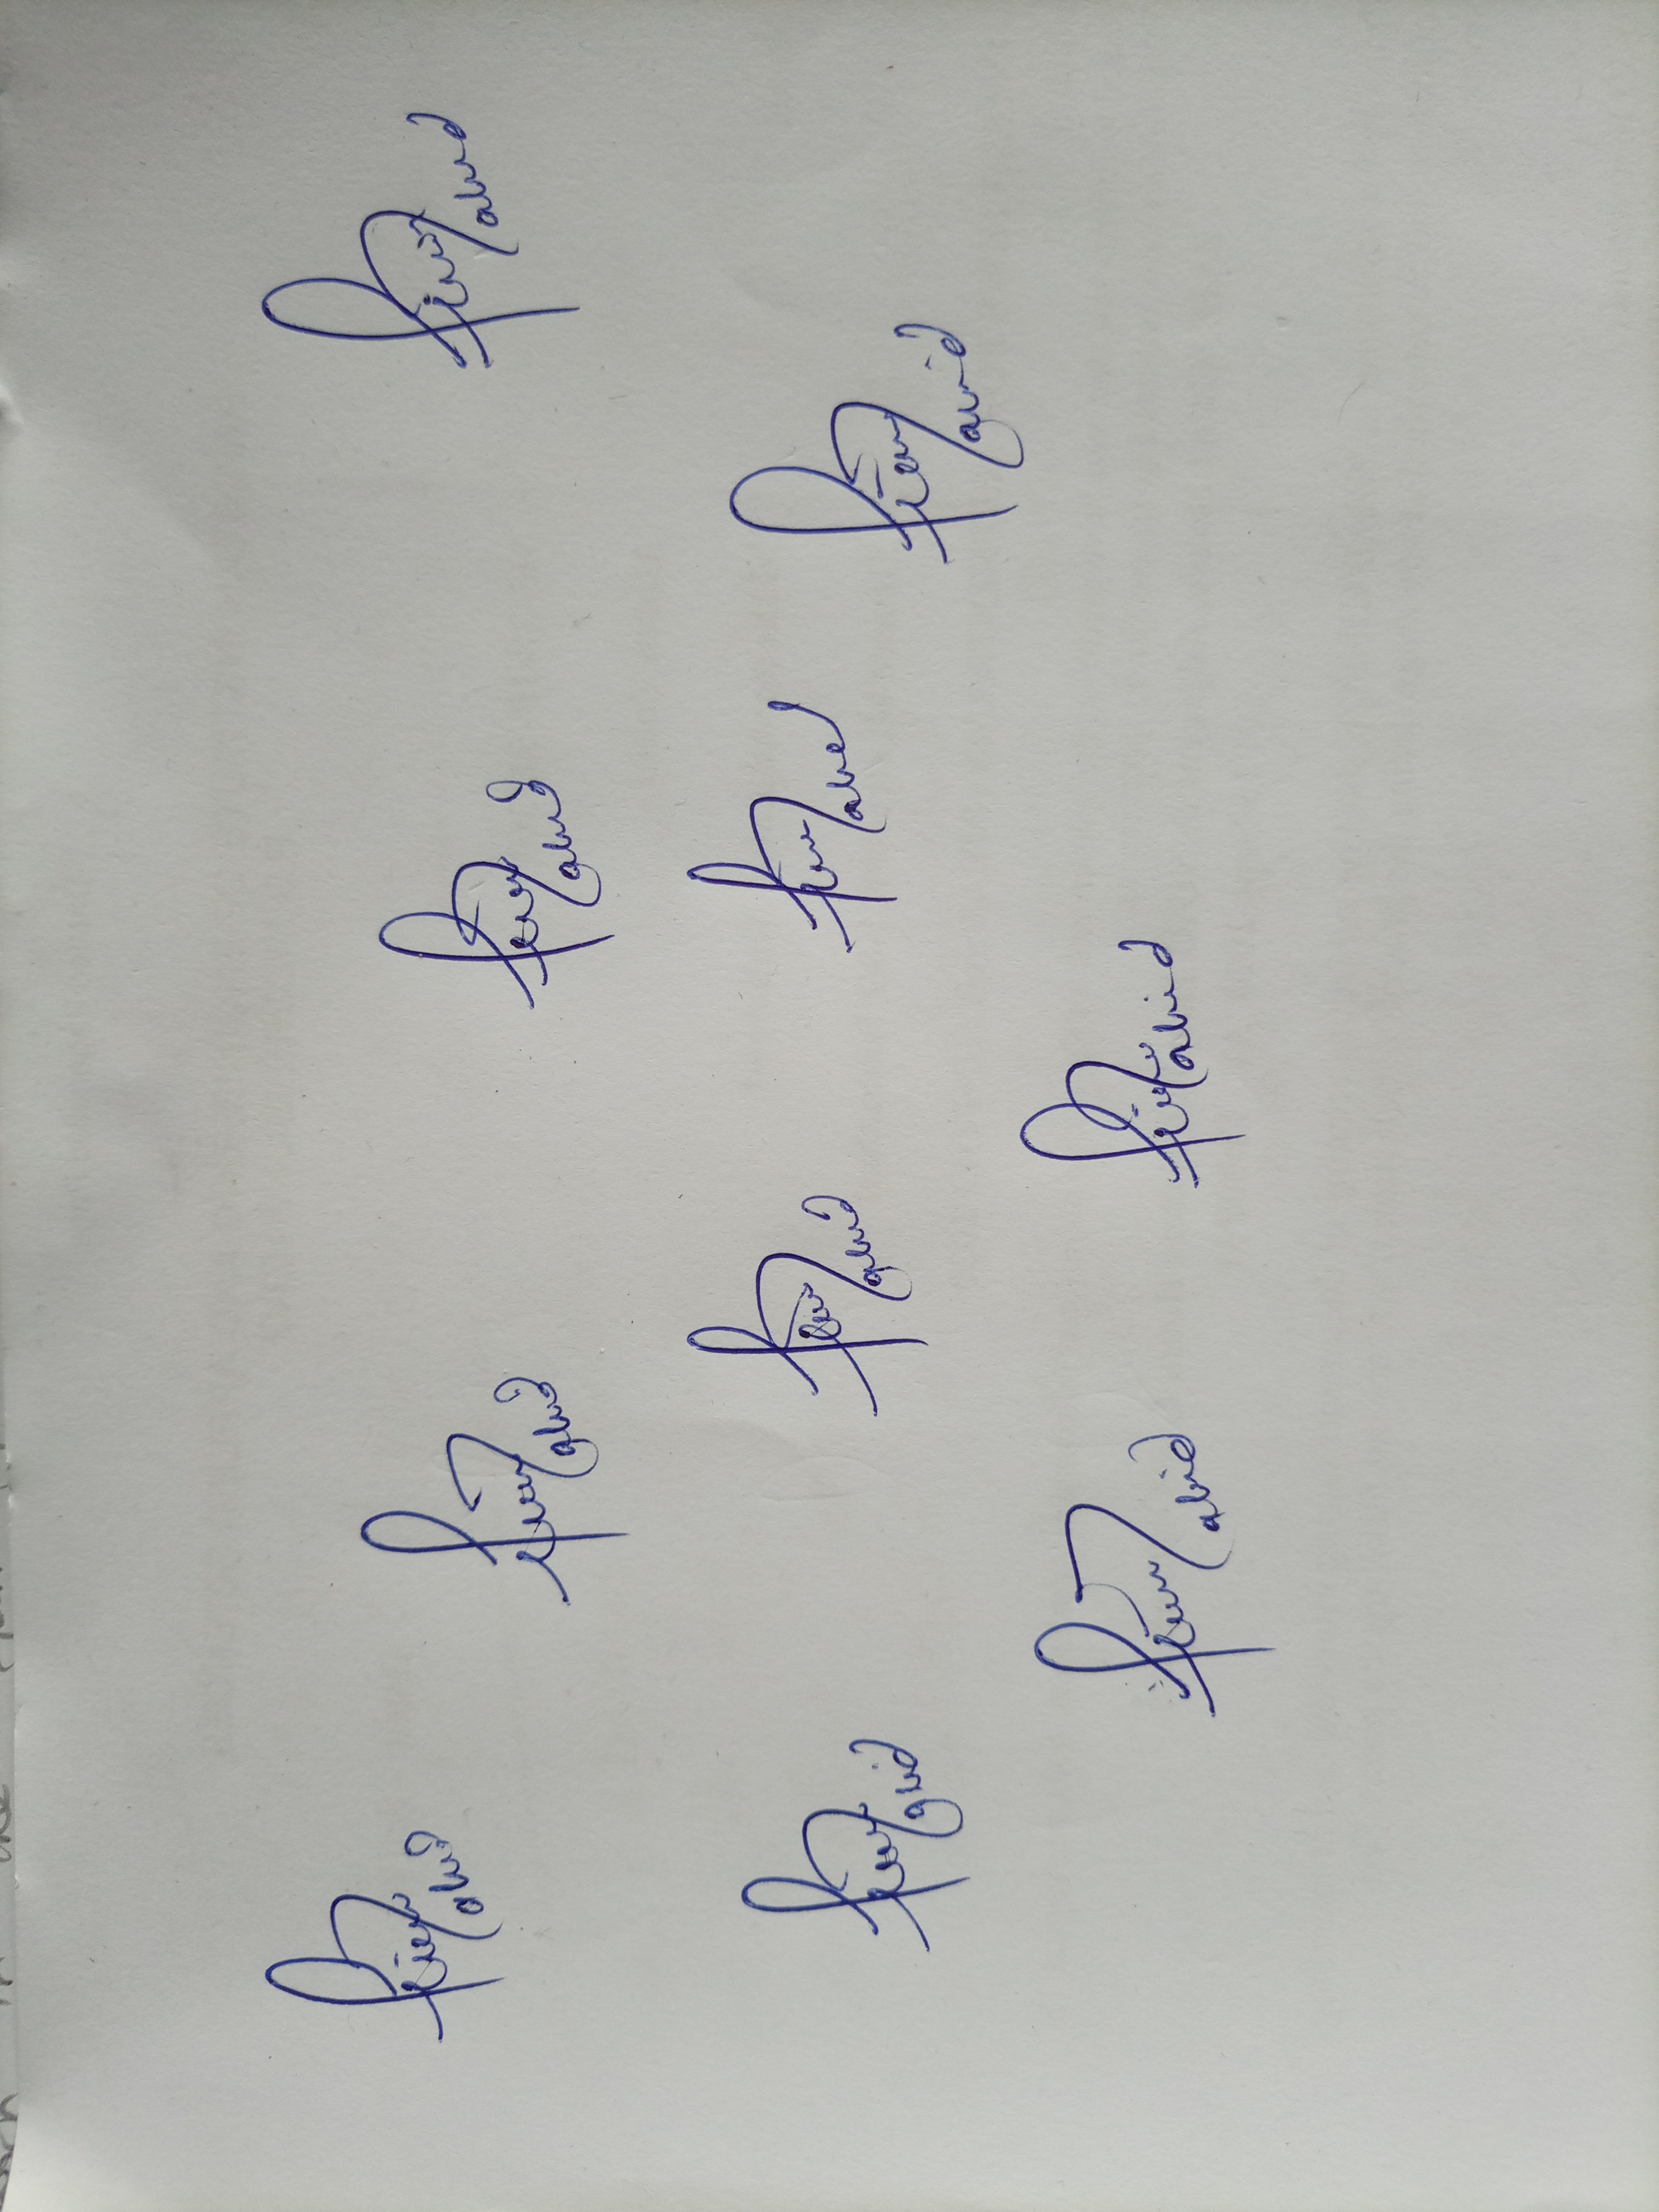
Signature authenticity: genuine